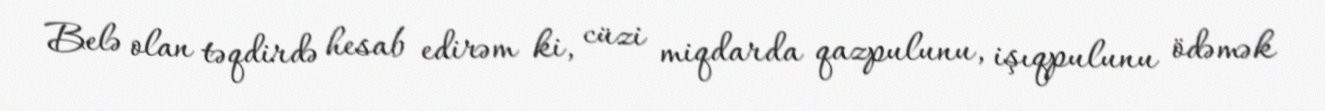
Belə olan təqdirdə hesab edirəm ki, cüzi miqdarda qazpulunu, işıqpulunu ödəmək